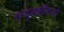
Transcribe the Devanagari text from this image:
कन्दुकक्रीडनो